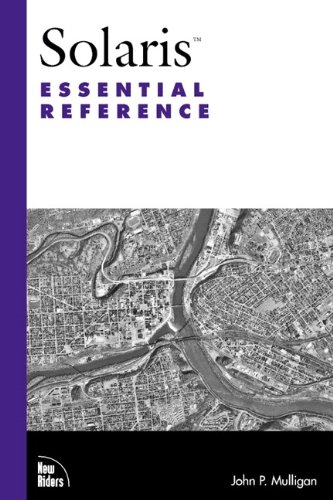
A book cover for Solaris Essential Reference; John Mulligan; Computers & Technology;